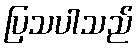
ပြသပါသည်